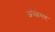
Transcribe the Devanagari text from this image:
अपेक्षेसह